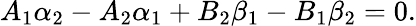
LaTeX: A_{1}\alpha_{2}-A_{2}\alpha_{1}+B_{2}\beta_{1}-B_{1}\beta_{2}=0.